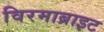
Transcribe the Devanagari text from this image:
विरमाब्राइट